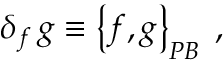
\delta _ { f } \, g \equiv \left\{ f , g \right\} _ { { \footnotesize P B } } \; ,